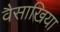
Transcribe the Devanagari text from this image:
वैसाखिया